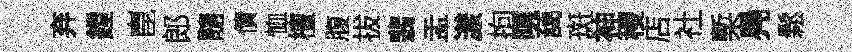
弃鏜崑郎髓債恤檀腹拔翡盂漾拘暝藹斑神稷店社槧鳧鬆